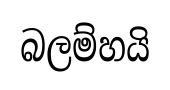
බලම්හයි